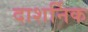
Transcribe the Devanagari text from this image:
दाशर्निक